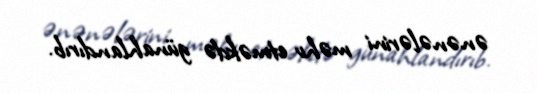
ənənələrini məhv etməkdə günahlandırıb.